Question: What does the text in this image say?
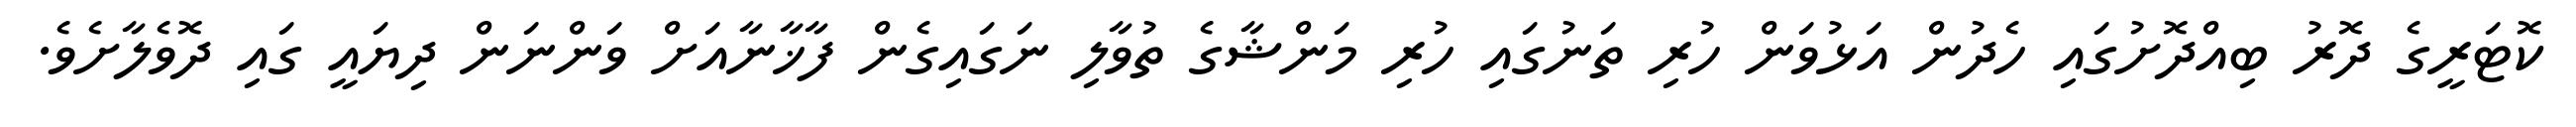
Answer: ކޮޓަރީގެ ދޮރު ބިއްދޮށުގައި ހެދުން އަޅުވަން ހުރި ތަނުގައި ހުރި މަންޝާގެ ތުވާލި ނަގައިގެން ފާޚާނާއަށް ވަންނަން ދިޔައީ ގައި ދޮވެލާށެވެ.